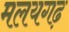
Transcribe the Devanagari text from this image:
मलयगढ़